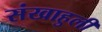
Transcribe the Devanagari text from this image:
संखाहुली